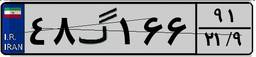
۴۸گ۱۶۶۹۱